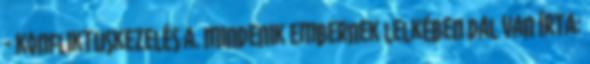
- Konfliktuskezelés a. Mindenik embernek lelkében dal van írta: